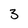
Character: 3